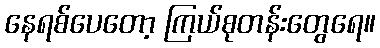
နေရစ်ပေတော့ ကြယ်စုတန်းတွေရေ။